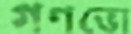
গণভো